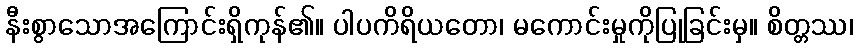
နီးစွာသောအကြောင်းရှိကုန်၏။ ပါပကိရိယတော၊ မကောင်းမှုကိုပြုခြင်းမှ။ စိတ္တဿ၊